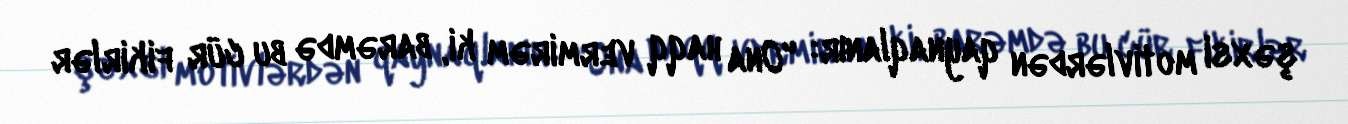
şəxsi motivlərdən qaynaqlanır: "Ona haqq vermirəm ki, barəmdə bu cür fikirlər